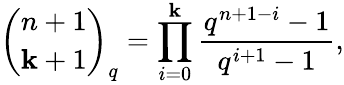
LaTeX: {\binom{n+1}{\mathbf{k}+1}}_{q}=\prod_{i=0}^{\mathbf{k}}{\frac{{q^{n+1-i}-1}}{{q^{i+1}-1}}},